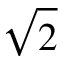
\sqrt { 2 }